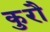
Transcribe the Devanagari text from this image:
कुरौ